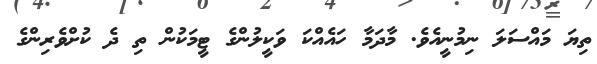
ތިޔަ މައްސަލަ ނިމުނީއެވެ. މާދަމާ ހައެއްކަ ވަކީލުންގެ ޓީމަކުން ތި ދެ ކުށްވެރިންގެ